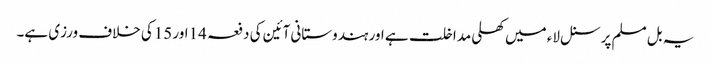
یہ بل مسلم پرسنل لاء میں کھلی مداخلت ہے اور ہندوستانی آئین کی دفعہ 14اور 15کی خلاف ورزی ہے۔